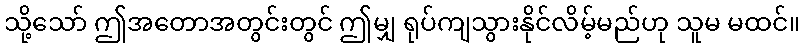
သို့သော် ဤအတောအတွင်းတွင် ဤမျှ ရုပ်ကျသွားနိုင်လိမ့်မည်ဟု သူမ မထင်။